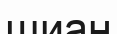
шиан